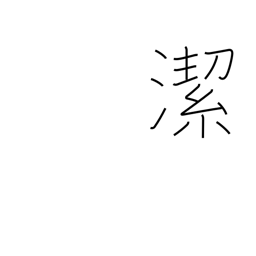
Meaning: pure